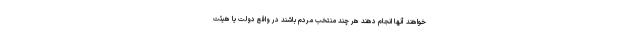
خواهند آنها انجام دهند هر چند منتخب مردم باشند در واقع دولت یا هیئت